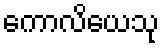
ကောလိယေသု